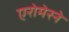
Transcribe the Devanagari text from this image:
एरोमेरने